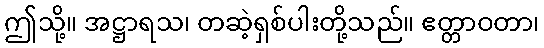
ဤသို့။ အဋ္ဌာရသ၊ တဆဲ့ရှစ်ပါးတို့သည်။ ဧတ္တာဝတာ၊